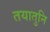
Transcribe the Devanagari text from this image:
तयातुनि